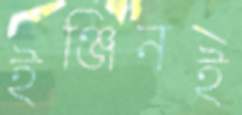
ইঞ্জিনই